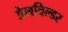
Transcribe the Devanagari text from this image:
डेलबिल्डर